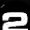
Digit: 2